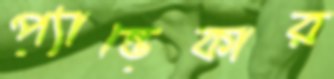
প্যান্ডেকার